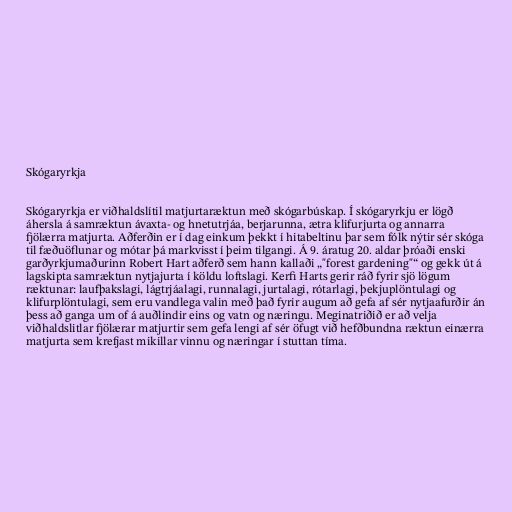
Skógaryrkja

Skógaryrkja er viðhaldslítil matjurtaræktun með skógarbúskap. Í skógaryrkju er lögð
áhersla á samræktun ávaxta- og hnetutrjáa, berjarunna, ætra klifurjurta og annarra
fjölærra matjurta. Aðferðin er í dag einkum þekkt í hitabeltinu þar sem fólk nýtir sér skóga
til fæðuöflunar og mótar þá markvisst í þeim tilgangi. Á 9. áratug 20. aldar þróaði enski
garðyrkjumaðurinn Robert Hart aðferð sem hann kallaði „"forest gardening"“ og gekk út á
lagskipta samræktun nytjajurta í köldu loftslagi. Kerfi Harts gerir ráð fyrir sjö lögum
ræktunar: laufþakslagi, lágtrjáalagi, runnalagi, jurtalagi, rótarlagi, þekjuplöntulagi og
klifurplöntulagi, sem eru vandlega valin með það fyrir augum að gefa af sér nytjaafurðir án
þess að ganga um of á auðlindir eins og vatn og næringu. Meginatriðið er að velja
viðhaldslitlar fjölærar matjurtir sem gefa lengi af sér öfugt við hefðbundna ræktun einærra
matjurta sem krefjast mikillar vinnu og næringar í stuttan tíma.